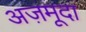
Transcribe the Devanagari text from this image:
अज़मूदा